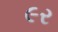
૯ર